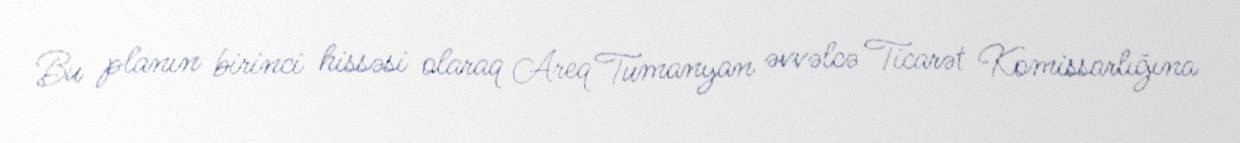
Bu planın birinci hissəsi olaraq Areq Tumanyan əvvəlcə Ticarət Komissarlığına